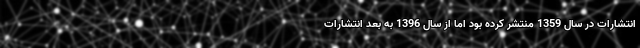
انتشارات در سال 1359 منتشر کرده بود اما از سال 1396 به بعد انتشارات